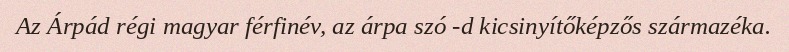
Az Árpád régi magyar férfinév, az árpa szó -d kicsinyítőképzős származéka.